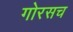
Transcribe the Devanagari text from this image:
गोरसच